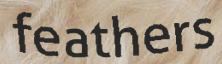
feathers